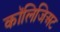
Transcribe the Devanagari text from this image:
कॉलिजिअट